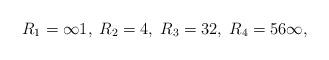
LaTeX: \begin{align*}R_1=\infty1,\;R_2=4,\; R_3=32,\;R_4=56\infty,\end{align*}